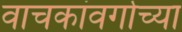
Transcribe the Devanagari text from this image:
वाचकांवर्गाच्या